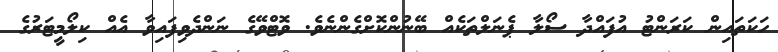
ހަކަތައިން ކަރަންޓު އުފައްދާ ސޯލާ ޕެނަލްތަކެއް ބޭނުންކޮށްގެންނެވެ. ވޮޓްވޭގެ ނަންދެވިފައިވާ އެއް ކިލޯމީޓަރުގެ